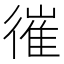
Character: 𢕘